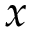
x